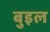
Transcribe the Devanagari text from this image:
बुइल